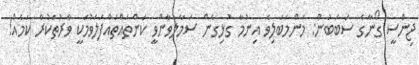
ޖިންސީ ގޯނާގެ ސަބަބުން: މަންމަބަލިވެ އިނުމާ ގުޅިގެން ސަމާލުވާންވީ ކަންތައްތައްފަލަވުމަކީ ވާރުތަކުރާ ކަމެއް!